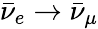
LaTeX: \bar{\nu}_{e}\rightarrow\bar{\nu}_{\mu}